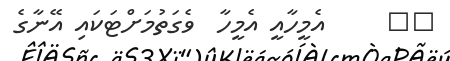
١٨     އެމީހާއީ އެމީހާ  ވެގަތުމަށްޓަކައި އޭނާގެ